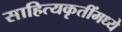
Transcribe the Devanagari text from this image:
साहित्यकृतींमध्ये